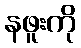
နဖူးကို